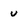
Character: u